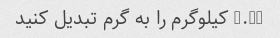
0.15 کیلوگرم را به گرم تبدیل کنید